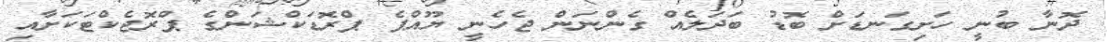
ދޮނާ ބުނީ ހަށިގަނޑަށް ބޮޑު ބަދަލެއް ގެންނަން ޖެހެނީ ޔޫއްޕެ ޕްރޮޑަކްޝަންގެ ޕްރޮޖެކްޓަކަށާއި